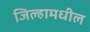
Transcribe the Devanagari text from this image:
जिल्हामधील